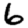
Digit: 6